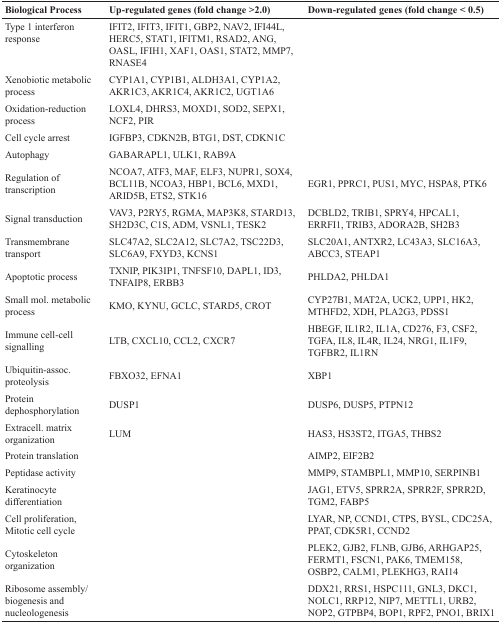
<table><thead><tr><td><b>Biological Process</b></td><td><b>Up-regulated genes (fold change &gt;2.0)</b></td><td><b>Down-regulated genes (fold change &lt; 0.5)</b></td></tr></thead><tbody><tr><td>Type 1 interferon response</td><td>IFIT2, IFIT3, IFIT1, GBP2, NAV2, IFI44L, HERC5, STAT1, IFITM1, RSAD2, ANG, OASL, IFIH1, XAF1, OAS1, STAT2, MMP7, RNASE4</td><td></td></tr><tr><td>Xenobiotic metabolic process</td><td>CYP1A1, CYP1B1, ALDH3A1, CYP1A2, AKR1C3, AKR1C4, AKR1C2, UGT1A6</td><td></td></tr><tr><td>Oxidation-reduction process</td><td>LOXL4, DHRS3, MOXD1, SOD2, SEPX1, NCF2, PIR</td><td></td></tr><tr><td>Cell cycle arrest</td><td>IGFBP3, CDKN2B, BTG1, DST, CDKN1C</td><td></td></tr><tr><td>Autophagy</td><td>GABARAPL1, ULK1, RAB9A</td><td></td></tr><tr><td>Regulation of transcription</td><td>NCOA7, ATF3, MAF, ELF3, NUPR1, SOX4, BCL11B, NCOA3, HBP1, BCL6, MXD1, ARID5B, ETS2, STK16</td><td>EGR1, PPRC1, PUS1, MYC, HSPA8, PTK6</td></tr><tr><td>Signal transduction</td><td>VAV3, P2RY5, RGMA, MAP3K8, STARD13, SH2D3C, C1S, ADM, VSNL1, TESK2</td><td>DCBLD2, TRIB1, SPRY4, HPCAL1, ERRFI1, TRIB3, ADORA2B, SH2B3</td></tr><tr><td>Transmembrane transport</td><td>SLC47A2, SLC2A12, SLC7A2, TSC22D3, SLC6A9, FXYD3, KCNS1</td><td>SLC20A1, ANTXR2, LC43A3, SLC16A3, ABCC3, STEAP1</td></tr><tr><td>Apoptotic process</td><td>TXNIP, PIK3IP1, TNFSF10, DAPL1, ID3, TNFAIP8, ERBB3</td><td>PHLDA2, PHLDA1</td></tr><tr><td>Small mol. metabolic process</td><td>KMO, KYNU, GCLC, STARD5, CROT</td><td>CYP27B1, MAT2A, UCK2, UPP1, HK2, MTHFD2, XDH, PLA2G3, PDSS1</td></tr><tr><td>Immune cell-cell signalling</td><td>LTB, CXCL10, CCL2, CXCR7</td><td>HBEGF, IL1R2, IL1A, CD276, F3, CSF2, TGFA, IL8, IL4R, IL24, NRG1, IL1F9, TGFBR2, IL1RN</td></tr><tr><td>Ubiquitin-assoc. proteolysis</td><td>FBXO32, EFNA1</td><td>XBP1</td></tr><tr><td>Protein dephosphorylation</td><td>DUSP1</td><td>DUSP6, DUSP5, PTPN12</td></tr><tr><td>Extracell. matrix organization</td><td>LUM</td><td>HAS3, HS3ST2, ITGA5, THBS2</td></tr><tr><td>Protein translation</td><td></td><td>AIMP2, EIF2B2</td></tr><tr><td>Peptidase activity</td><td></td><td>MMP9, STAMBPL1, MMP10, SERPINB1</td></tr><tr><td>Keratinocyte differentiation</td><td></td><td>JAG1, ETV5, SPRR2A, SPRR2F, SPRR2D, TGM2, FABP5</td></tr><tr><td>Cell proliferation, Mitotic cell cycle</td><td></td><td>LYAR, NP, CCND1, CTPS, BYSL, CDC25A, PPAT, CDK5R1, CCND2</td></tr><tr><td>Cytoskeleton organization</td><td></td><td>PLEK2, GJB2, FLNB, GJB6, ARHGAP25, FERMT1, FSCN1, PAK6, TMEM158, OSBP2, CALM1, PLEKHG3, RAI14</td></tr><tr><td>Ribosome assembly/biogenesis and nucleologenesis</td><td></td><td>DDX21, RRS1, HSPC111, GNL3, DKC1, NOLC1, RRP12, NIP7, METTL1, URB2, NOP2, GTPBP4, BOP1, RPF2, PNO1, BRIX1</td></tr></tbody></table>